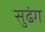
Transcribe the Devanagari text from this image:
सुढंग